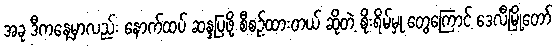
အခု ဒီကနေ့မှာလည်း နောက်ထပ် ဆန္ဒပြဖို့ စီစဉ်ထားတယ် ဆိုတဲ့ စိုးရိမ်မှု တွေကြောင့် ဒေလီမြို့တော်